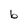
Character: b